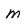
Character: M